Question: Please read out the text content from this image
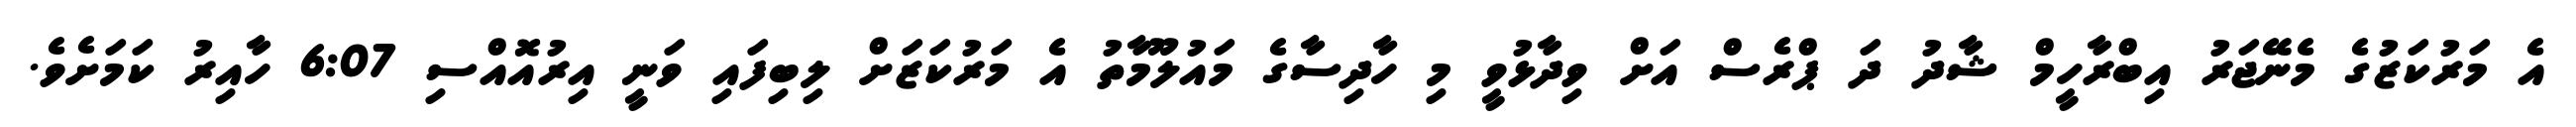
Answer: އެ މަރުކަޒުގެ މެނޭޖަރު އިބްރާހީމް ޝާދު ދަ ޕްރެސް އަށް ވިދާޅުވީ މި ހާދިސާގެ މައުލޫމާތު އެ މަރުކަޒަށް ލިބިފައި ވަނީ އިރުއޮއްސި 6:07 ހާއިރު ކަމަށެވެ.